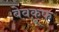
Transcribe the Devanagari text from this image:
बेवकू़फ़